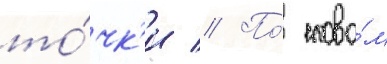
то́чк'и // По́ слова́м